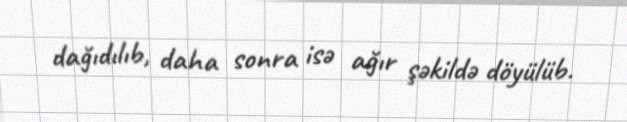
dağıdılıb, daha sonra isə ağır şəkildə döyülüb.